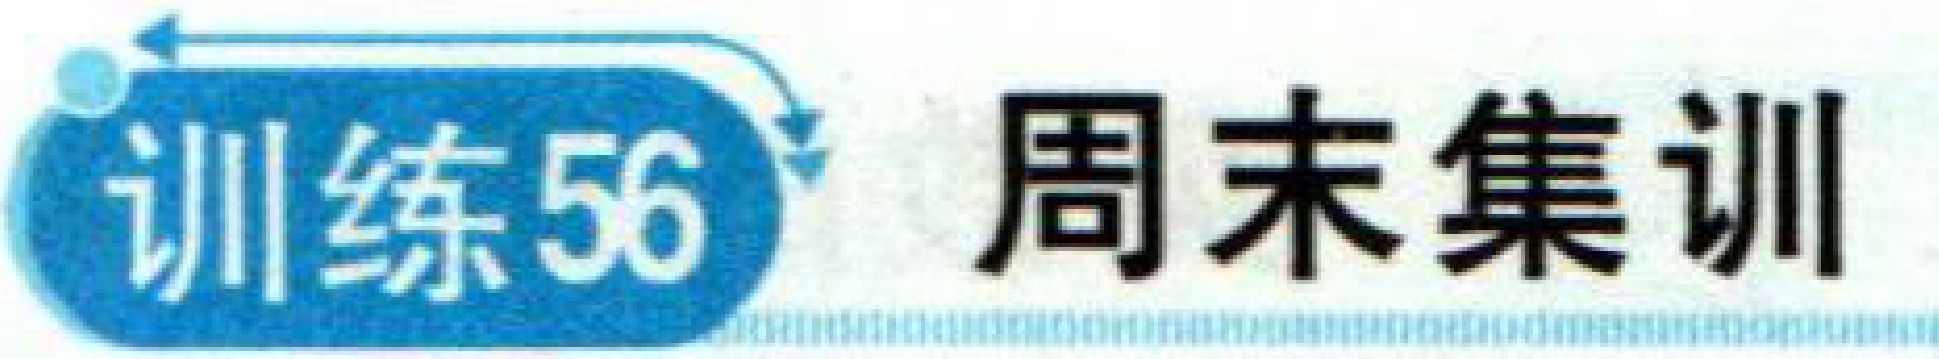
\(\text{训练}56\)  周末集训